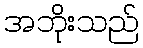
အဘိုးသည်